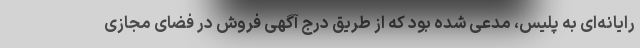
رایانه‌ای به پلیس، مدعی شده بود که از طریق درج آگهی فروش در فضای مجازی